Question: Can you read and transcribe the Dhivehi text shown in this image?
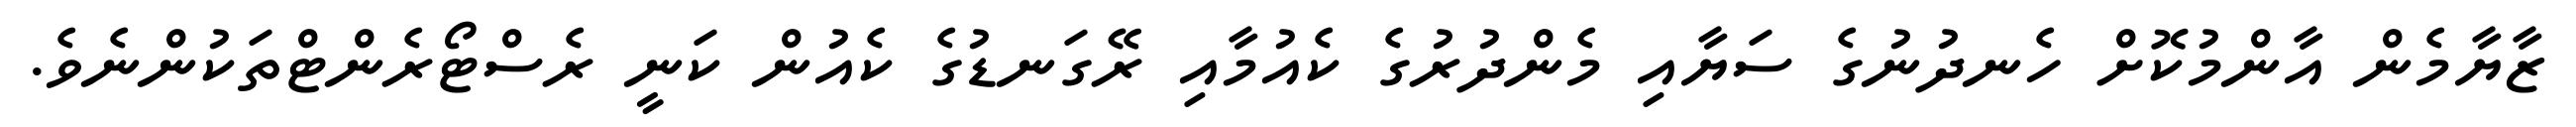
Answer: ޒާޔާމެން އާންމުކޮށް ހެނދުނުގެ ސަޔާއި މެންދުރުގެ ކެއުމާއި ރޭގަނޑުގެ ކެއުން ކަނީ ރެސްޓޯރެންޓްތަކުންނެވެ.